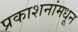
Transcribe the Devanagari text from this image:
प्रकाशनांमधून